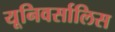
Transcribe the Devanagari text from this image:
यूनिवर्सालिस